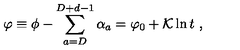
\varphi \equiv \phi - \sum _ { a = D } ^ { D + d - 1 } \alpha _ { a } = \varphi _ { 0 } + { \cal K } \ln t \ ,